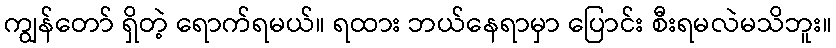
ကျွန်တော် ရှိတဲ့ ရောက်ရမယ်။ ရထား ဘယ်နေရာမှာ ပြောင်း စီးရမလဲမသိဘူး။